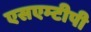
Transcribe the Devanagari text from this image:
एसएम्टीपी